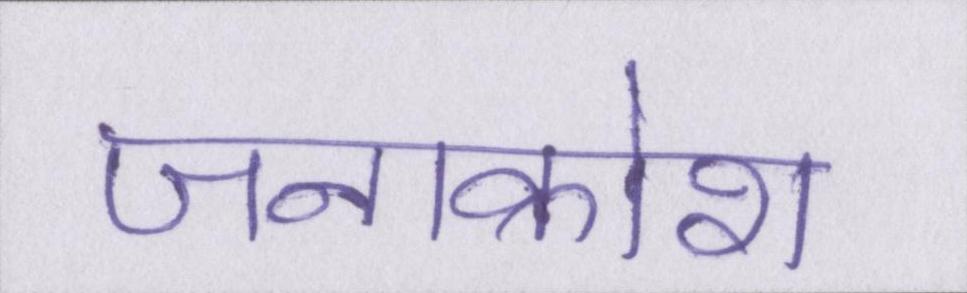
जनाक्रोश